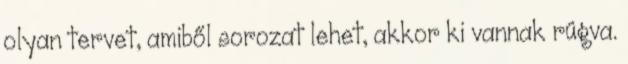
olyan tervet, amiből sorozat lehet, akkor ki vannak rúgva.